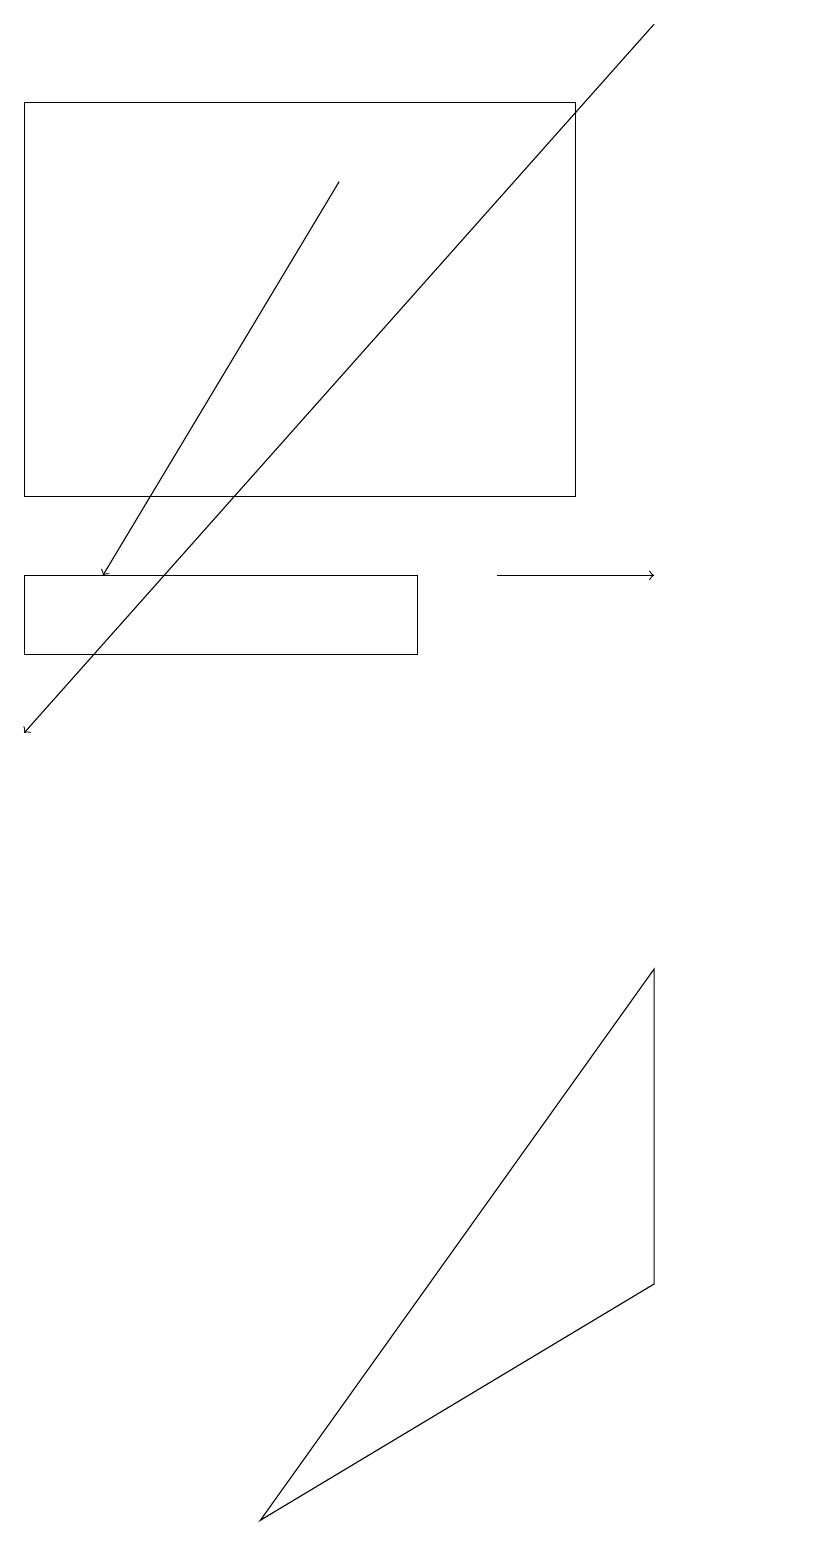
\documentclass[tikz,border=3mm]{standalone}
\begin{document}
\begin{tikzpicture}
\draw (8,7) -- (8,3) -- (3,0) -- cycle;
\draw (10,12) circle (0);
\draw (0,18) rectangle (7,13);
\draw[->] (8,19) -- (0,10);
\draw (0,11) rectangle (5,12);
\draw[->] (4,17) -- (1,12);
\draw[->] (6,12) -- (8,12);
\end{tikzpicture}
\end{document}